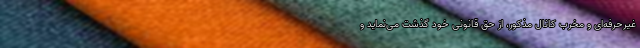
غیرحرفه‌ای و مخرّب کانال مذکور، از حق قانونی خود گذشت می‌نماید و